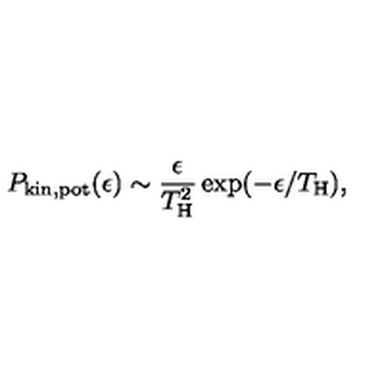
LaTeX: P _ { \mathrm { k i n , p o t } } ( \epsilon ) \sim { \frac { \epsilon } { T _ { \mathrm { H } } ^ { 2 } } } \exp ( - \epsilon / T _ { \mathrm { H } } ) ,